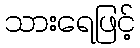
သားရေဖြင့်